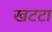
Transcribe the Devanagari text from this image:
खटटा